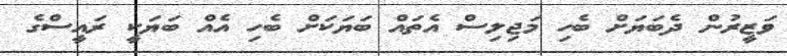
ވަޒީރުން ދެބަޔަށް ބެހި މަޖިލިސް އެތައް ބަޔަކަށް ބެހި އެއް ބަޔަކީ ރައީސްގެ